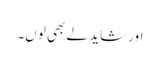
اور شاید لے بھی لوں۔